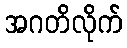
အဂတိလိုက်